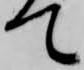
て